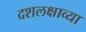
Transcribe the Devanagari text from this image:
दशलक्षाव्या